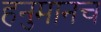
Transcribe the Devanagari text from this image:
हनुमानच